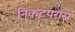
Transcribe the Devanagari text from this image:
निकटपरास